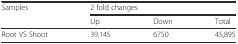
| <ROWSPAN=2> Samples | <COLSPAN=3> 2 fold changes |
 | Up | Down | Total |
 | --- | --- | --- | --- |
 | Root VS Shoot | 39,145 | 6750 | 45,895 |